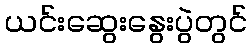
ယင်းဆွေးနွေးပွဲတွင်